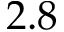
2 . 8